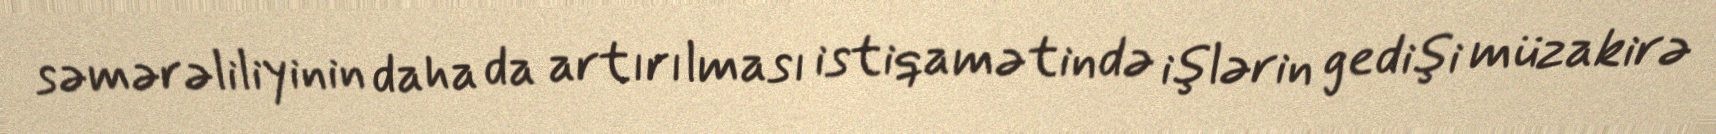
səmərəliliyinin daha da artırılması istiqamətində işlərin gedişi müzakirə